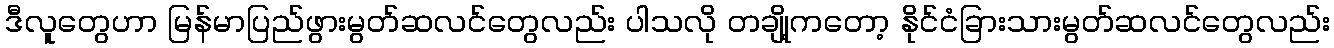
ဒီလူတွေဟာ မြန်မာပြည်ဖွားမွတ်ဆလင်တွေလည်း ပါသလို တချို့ကတော့ နိုင်ငံခြားသားမွတ်ဆလင်တွေလည်း